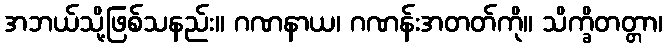
အဘယ်သို့ဖြစ်သနည်း။ ဂဏနာယ၊ ဂဏန်းအတတ်ကို။ သိက္ခိတတ္တာ၊